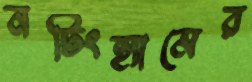
নটিংহ্যামের